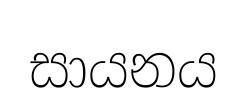
සායනය